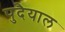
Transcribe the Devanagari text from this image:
पुदैयाल